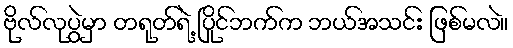
ဗိုလ်လုပွဲမှာ တရုတ်ရဲ့ ပြိုင်ဘက်က ဘယ်အသင်း ဖြစ်မလဲ။